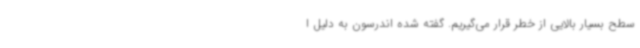
سطح بسیار بالایی از خطر قرار می‌گیریم. گفته شده اندرسون به دلیل ا